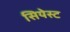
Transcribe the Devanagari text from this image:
सियेस्ट